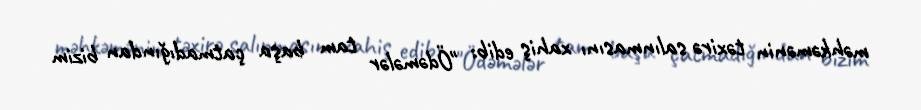
məhkəmənin təxirə salınmasını xahiş edib: "Ödəmələr tam başa çatmadığından bizim